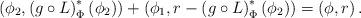
LaTeX: \begin{align*}\left(\phi_2,\left(g\circ L\right)^{*}_\Phi\left(\phi_2\right)\right)+\left(\phi_1,r-\left(g\circ L\right)^{*}_\Phi\left(\phi_2\right)\right)=\left(\phi,r\right).\end{align*}